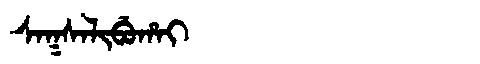
Manchu: ᠰᠠᡴᠰᠠᠯᡳᠪᡠᡥᠠᡳ
Romanization: SAKSALIBUHAI